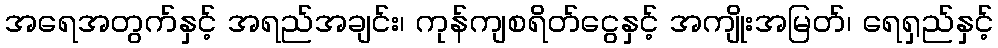
အရေအတွက်နှင့် အရည်အချင်း၊ ကုန်ကျစရိတ်ငွေနှင့် အကျိုးအမြတ်၊ ရေရှည်နှင့်